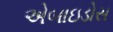
એબાઇડોસ